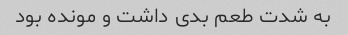
به شدت طعم بدی داشت و مونده بود